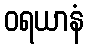
ဝရယာနံ